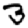
Digit: 3